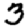
Digit: 3